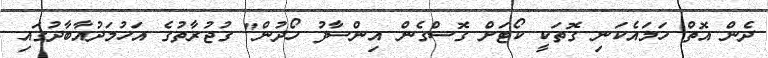
ދެން އޮތް ހަމައެކަނި ގޮތަކީ ކޯޓަށް ގޮސްގެން އިންސާފު ހޯދުން" ގުޖުރާތުގެ އަހުމަދުއާބާދުގައި